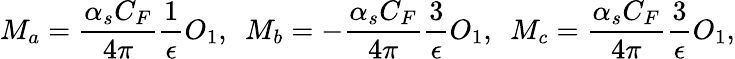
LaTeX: M_{a}=\frac{\alpha_{s}C_{F}}{4\pi}\frac{1}{\epsilon}O_{1},\ \ M_{b}=-\frac{\alpha_{s}C_{F}}{4\pi}\frac{3}{\epsilon}O_{1},\ \ M_{c}=\frac{\alpha_{s}C_{F}}{4\pi}\frac{3}{\epsilon}O_{1},